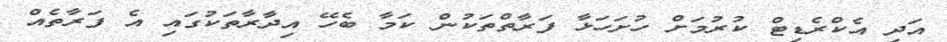
އަދި އެކްރެޑިޓް ކުރުމަށް ހުށަހަޅާ ފަރާތްތަކުން ކަމާ ބެހޭ އިދާރާތަކުގައި އެ ފަރާތެއް